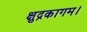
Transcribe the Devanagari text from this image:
क्षुद्रकागम।